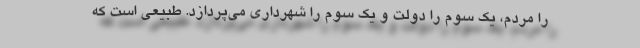
را مردم، یک سوم را دولت و یک سوم را شهرداری می‌پردازد. طبیعی است که